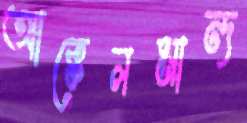
আক্কেলমান্দ